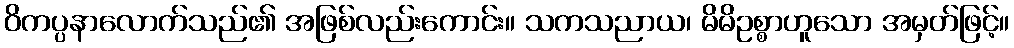
ဝိကပ္ပနာလောက်သည်၏ အဖြစ်လည်းကောင်း။ သကသညာယ၊ မိမိဥစ္စာဟူသော အမှတ်ဖြင့်။